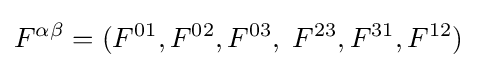
F^{\alpha \beta }=(F^{01},F^{02},F^{03},\;F^{23},F^{31},F^{12})